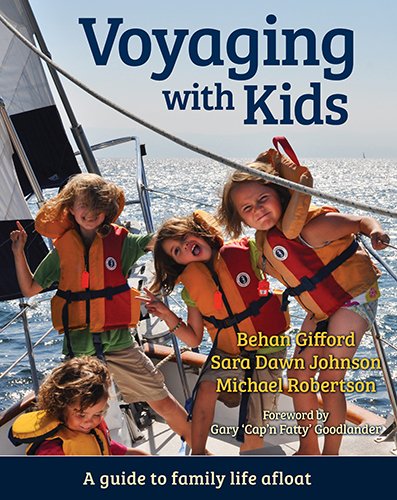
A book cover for Voyaging With Kids -  A Guide to Family Life Afloat; Behan Gifford; Sports & Outdoors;